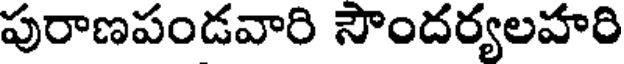
పురాణపండవారి సౌందర్యలహరి